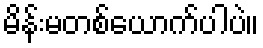
မိန်းမတစ်ယောက်ပါပဲ။